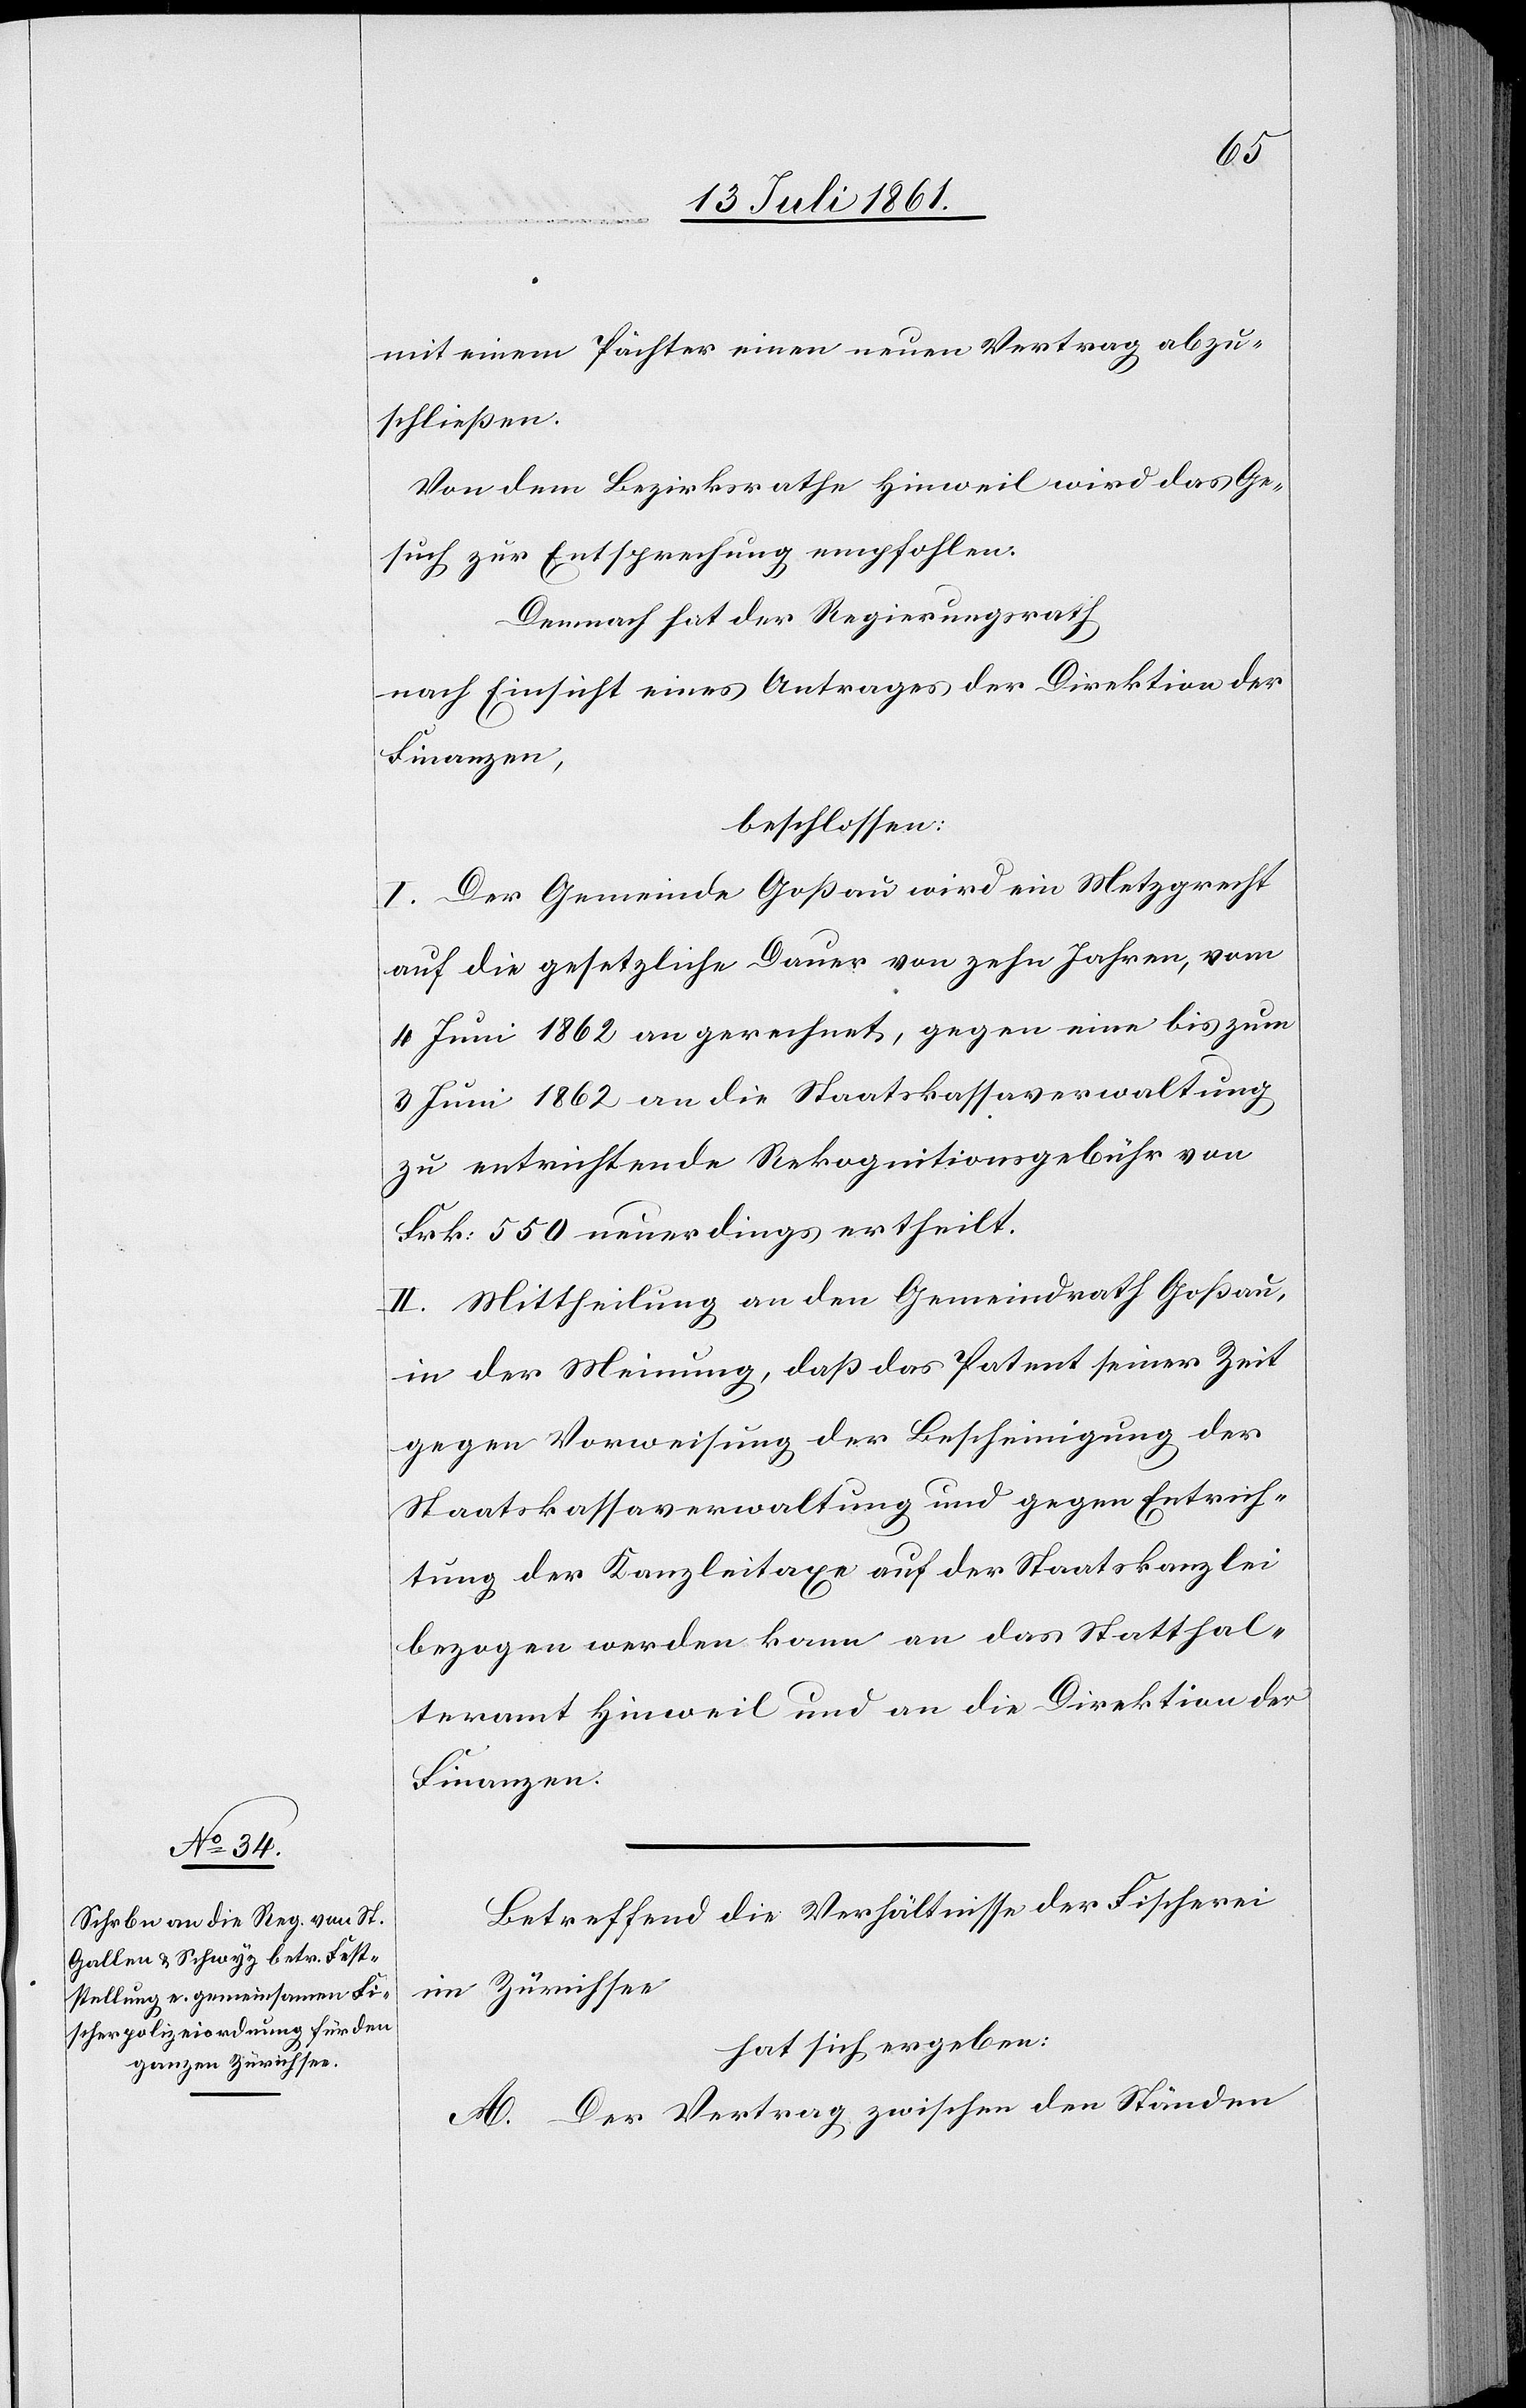
mit einem Pächter einen neuen Vertrag abzu¬
schließen.
Von dem Bezirksrathe Hinweil wird das Ge¬
such zur Entsprechung empfohlen.
Demnach hat der Regierungsrath
nach Einsicht eines Antrages der Direktion der
Finanzen,
beschlossen:
I. Der Gemeinde Goßau wird ein Metzgrecht
auf die gesetzliche Dauer von zehn Jahren, vom
4 Juni 1862 an gerechnet, gegen eine bis zum
3 Juni 1862 an die Staatskassaverwaltung
zu entrichtende Rekognitionsgebühr von
Frk. 550 neuerdings ertheilt.
II. Mittheilung an den Gemeindrath Goßau,
in der Meinung, daß das Patent seiner Zeit
gegen Vorweisung der Bescheinigung der
Staatskassaverwaltung und gegen Entrich¬
tung der Kanzleitaxe auf der Staatskanzlei
bezogen werden kann an das Statthal¬
teramt Hinweil und an die Direktion der
Finanzen.
Betreffend die Verhältnisse der Fischerei
im Zürichsee
hat sich ergeben:
A. Der Vertrag zwischen den Ständen